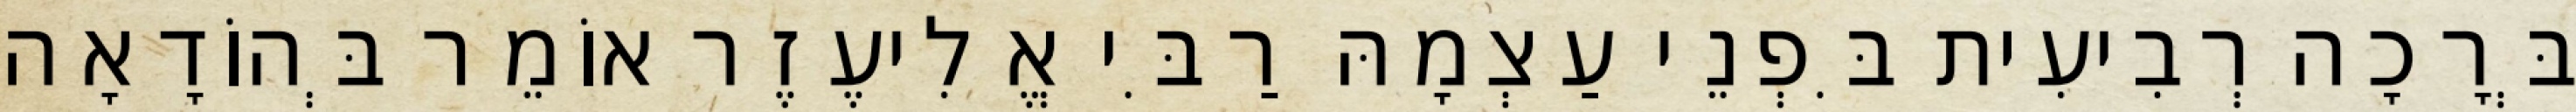
בְּרָכָה רְבִיעִית בִּפְנֵי עַצְמָהּ רַבִּי אֱלִיעֶזֶר אוֹמֵר בְּהוֹדָאָה